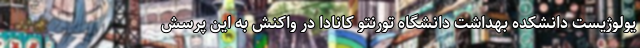
یولوژیست دانشکده بهداشت دانشگاه تورنتو کانادا در واکنش به این پرسش